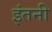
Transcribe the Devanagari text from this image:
इंतनी